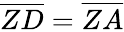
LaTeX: {\overline{{ZD}}}={\overline{{ZA}}}